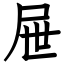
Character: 屉